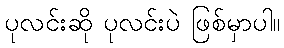
ပုလင်းဆို ပုလင်းပဲ ဖြစ်မှာပါ။